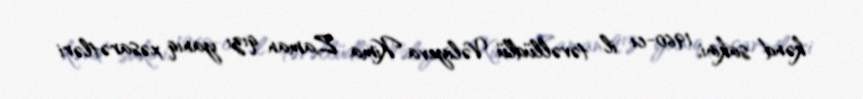
kənd sakini, 1960-cı il təvəllüdlü Vəliyeva Kima Zaman qızı yanıq xəsarətləri